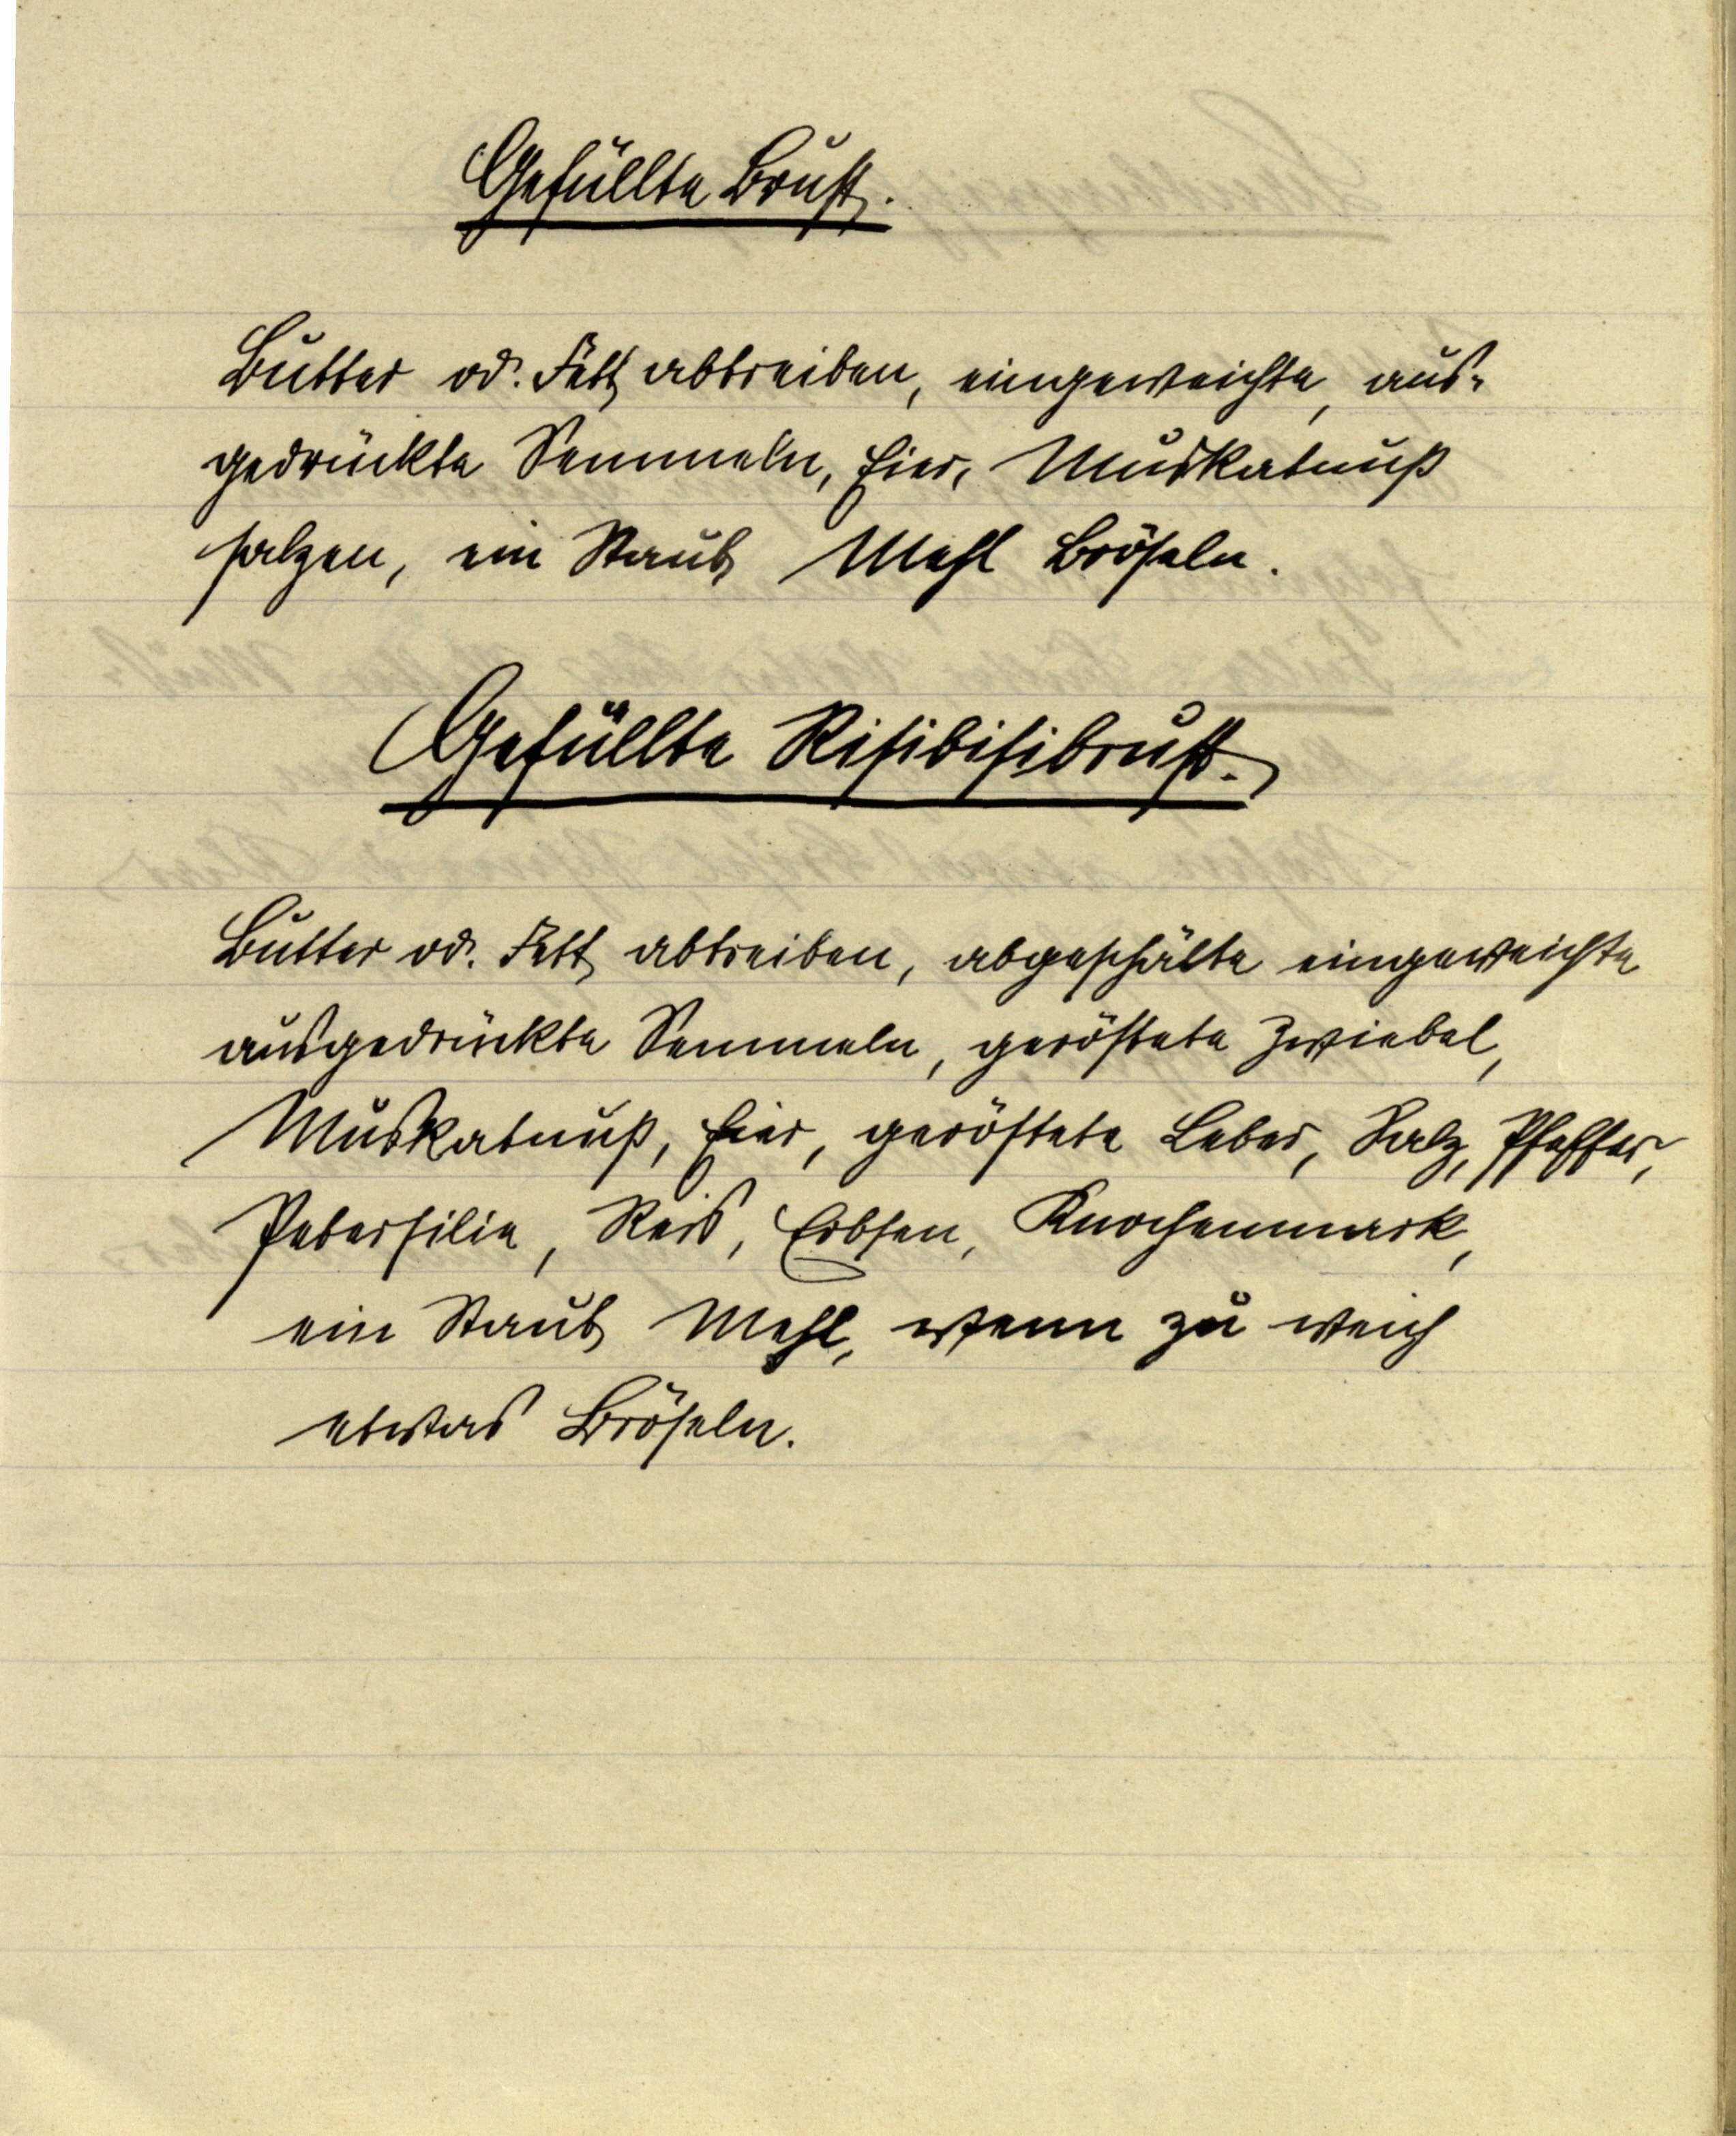
Gefüllte Brust.

Butter od. Fett abtreiben, eingeweichte, aus¬
gedrückte Semmeln, Eier, Muskatnuß
salzen, ein Staub Mehl Bröseln.

Gefüllte Risibisibrust.

Butter od. Fett abtreiben, abgeschälte eingeweichte
ausgedrückte Semmeln, geröstete Zwiebel,
Muskatnuß, Eier, geröstete Leber, Salz, Pfeffer,
Petersilie, Reis, Erbsen, Knochenmark,
ein Staub Mehl, wenn zu weich
etwas Bröseln.